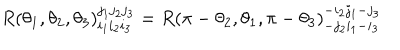
LaTeX: R ( \theta _ { 1 } , \theta _ { 2 } , \theta _ { 3 } ) _ { i _ { 1 } i _ { 2 } i _ { 3 } } ^ { j _ { 1 } j _ { 2 } j _ { 3 } } = R ( \pi - \theta _ { 2 } , \theta _ { 1 } , \pi - \theta _ { 3 } ) _ { - j _ { 2 } i _ { 1 } - i _ { 3 } } ^ { - i _ { 2 } j _ { 1 } - j _ { 3 } }